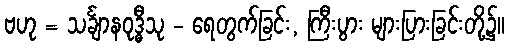
ဗဟု = သင်္ချာနဝုဒ္ဓီသု - ရေတွက်ခြင်း, ကြီးပွား များပြားခြင်းတို့၌။